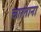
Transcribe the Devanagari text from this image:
चारताना